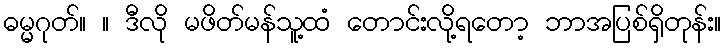
ဓမ္မဂုတ်။ ။ ဒီလို မဖိတ်မန်သူ့ထံ တောင်းလို့ရတော့ ဘာအပြစ်ရှိတုန်း။